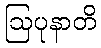
ဩပုနာတိ